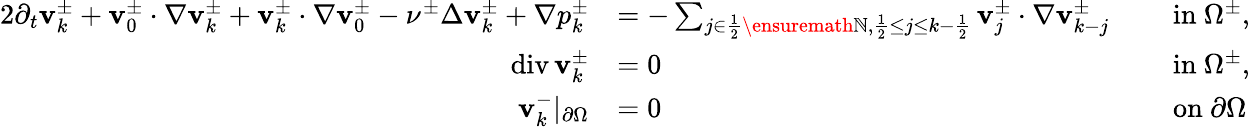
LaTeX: \begin{array}{rlrl}{{2}\partial_{t}\mathbf{v}_{k}^{\pm}+\mathbf{v}_{0}^{\pm}\cdot\nabla\mathbf{v}_{k}^{\pm}+\mathbf{v}_{k}^{\pm}\cdot\nabla\mathbf{v}_{0}^{\pm}-\nu^{\pm}\Delta\mathbf{v}_{k}^{\pm}+\nabla p_{k}^{\pm}}&{=-\sum_{j\in\frac 12\ensuremath{\mathbb{N}},\frac 12\leq j\leq k-\frac 12}\mathbf{v}_{j}^{\pm}\cdot\nabla\mathbf{v}_{k-j}^{\pm}}&{\ }&{\mathrm{in~}\Omega^{\pm},}\\ {\operatorname{div}\mathbf{v}_{k}^{\pm}}&{=0}&{\ }&{\mathrm{in~}\Omega^{\pm},}\\ {{\mathbf{v}_{k}^{-}|_{\partial\Omega}}}&{=0}&{\ }&{\mathrm{on~}\partial\Omega}\end{array}